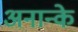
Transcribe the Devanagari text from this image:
अनान्के